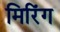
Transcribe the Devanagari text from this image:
मिरिंग